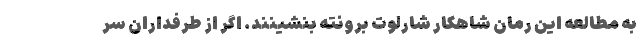
به مطالعه این رمان شاهکار شارلوت برونته بنشینند. اگر از طرفداران سر